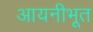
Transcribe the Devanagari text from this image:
आयनीभूत